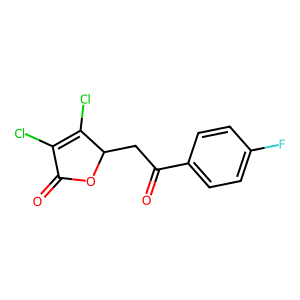
SMILES: O=C1OC(CC(=O)c2ccc(F)cc2)C(Cl)=C1Cl
Inhibits HIV replication: No